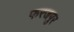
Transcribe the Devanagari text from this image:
फरजपुर